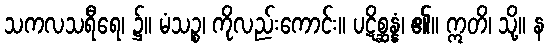
သကလသရီရေ၊ ၌။ မံသဉ္စ၊ ကိုလည်းကောင်း။ ပဋိစ္ဆန္နံ၊ ၏။ ဣတိ၊ သို့။ န